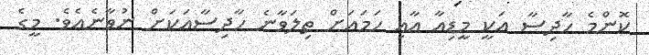
ކޮންމެ ހާދިސާ އަކީ މީޑިއާ އާއި ހަމައަށް ތިލަވާނެ ހާދިސާއަކަށް ނުވާނެއެވެ. މީގެ